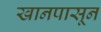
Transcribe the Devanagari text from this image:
खानपासून